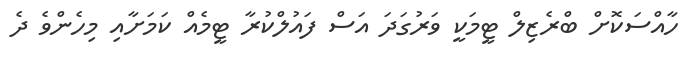
ހާއްސަކޮށް ބްރެޒިލް ޓީމަކީ ވަރުގަދަ އަސް ފައުލްކުރާ ޓީމެއް ކަމަށާއި މިހެންވެ ދެ